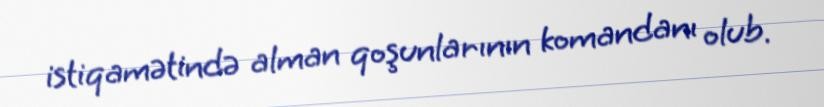
istiqamətində alman qoşunlarının komandanı olub.